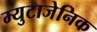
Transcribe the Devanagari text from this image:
म्युटाजेनिक